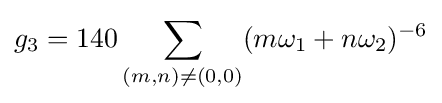
g_{3}=140\sum _{(m,n)\neq (0,0)}(m\omega _{1}+n\omega _{2})^{-6}